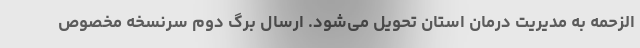
‌الزحمه به مدیریت درمان استان تحویل می‌شود. ارسال برگ دوم سرنسخه مخصوص